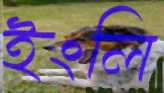
ইংলি